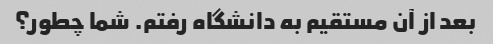
بعد از آن مستقیم به دانشگاه رفتم. شما چطور؟